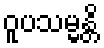
ဝူပသမ္မန္တိ